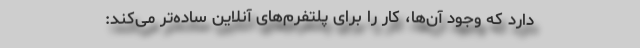
دارد که وجود آن‌ها، کار را برای پلتفرم‌های آنلاین ساده‌تر می‌کند: